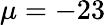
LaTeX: \mu=-23